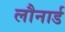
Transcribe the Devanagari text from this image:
लौनार्ड